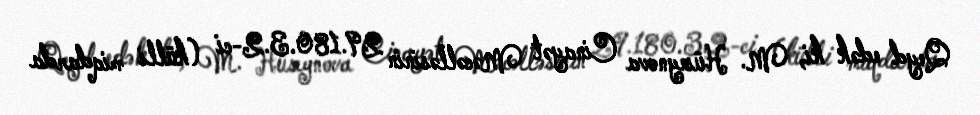
Qeyd edək ki, M. Hüseynova Cinayət Məcəlləsinin 29.180.3.2-ci (külli miqdarda